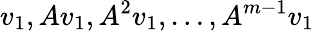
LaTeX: v_{1},Av_{1},A^{2}v_{1},\ldots,A^{m-1}v_{1}